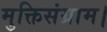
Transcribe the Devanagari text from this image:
मुक्तिसंग्राम।